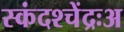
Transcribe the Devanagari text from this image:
स्कंदश्चेंद्रःअ